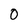
Character: 0